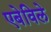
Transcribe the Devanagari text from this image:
एबेविले